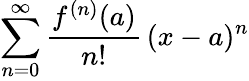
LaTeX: \sum_{n=0}^{\infty}{\frac{f^{(n)}(a)}{n!}}\, (x-a)^{n}